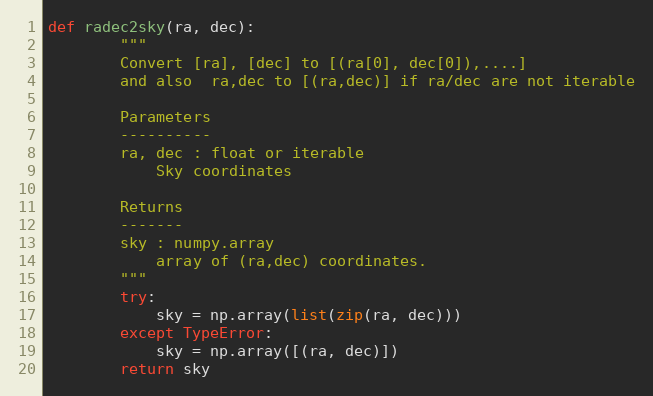
Language: Python
def radec2sky(ra, dec):
        """
        Convert [ra], [dec] to [(ra[0], dec[0]),....]
        and also  ra,dec to [(ra,dec)] if ra/dec are not iterable

        Parameters
        ----------
        ra, dec : float or iterable
            Sky coordinates

        Returns
        -------
        sky : numpy.array
            array of (ra,dec) coordinates.
        """
        try:
            sky = np.array(list(zip(ra, dec)))
        except TypeError:
            sky = np.array([(ra, dec)])
        return sky